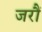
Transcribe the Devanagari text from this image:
जरौं